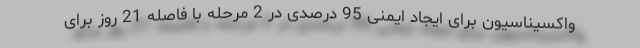
واکسیناسیون برای ایجاد ایمنی 95 درصدی در 2 مرحله با فاصله 21 روز برای